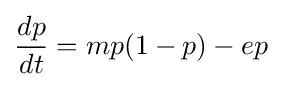
{\frac {dp}{dt}}=mp(1-p)-ep